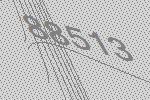
88513